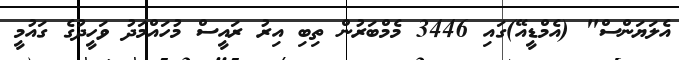
އެލަޔަންސް" (އެމްޑީއޭ)ގައި 3446 މެމްބަރުން ތިބި އިރު ރައީސް މުހައްމަދު ވަހީދުގެ ގައުމީ